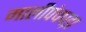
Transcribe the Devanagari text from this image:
मालीपंचघड़ा